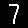
Digit: 7